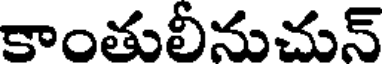
కాంతులీనుచున్